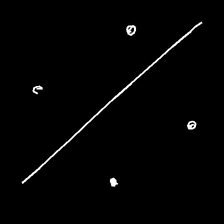
Glyph: cool